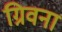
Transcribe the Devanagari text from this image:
ग्रिवना